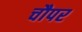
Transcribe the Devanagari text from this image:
चौपर